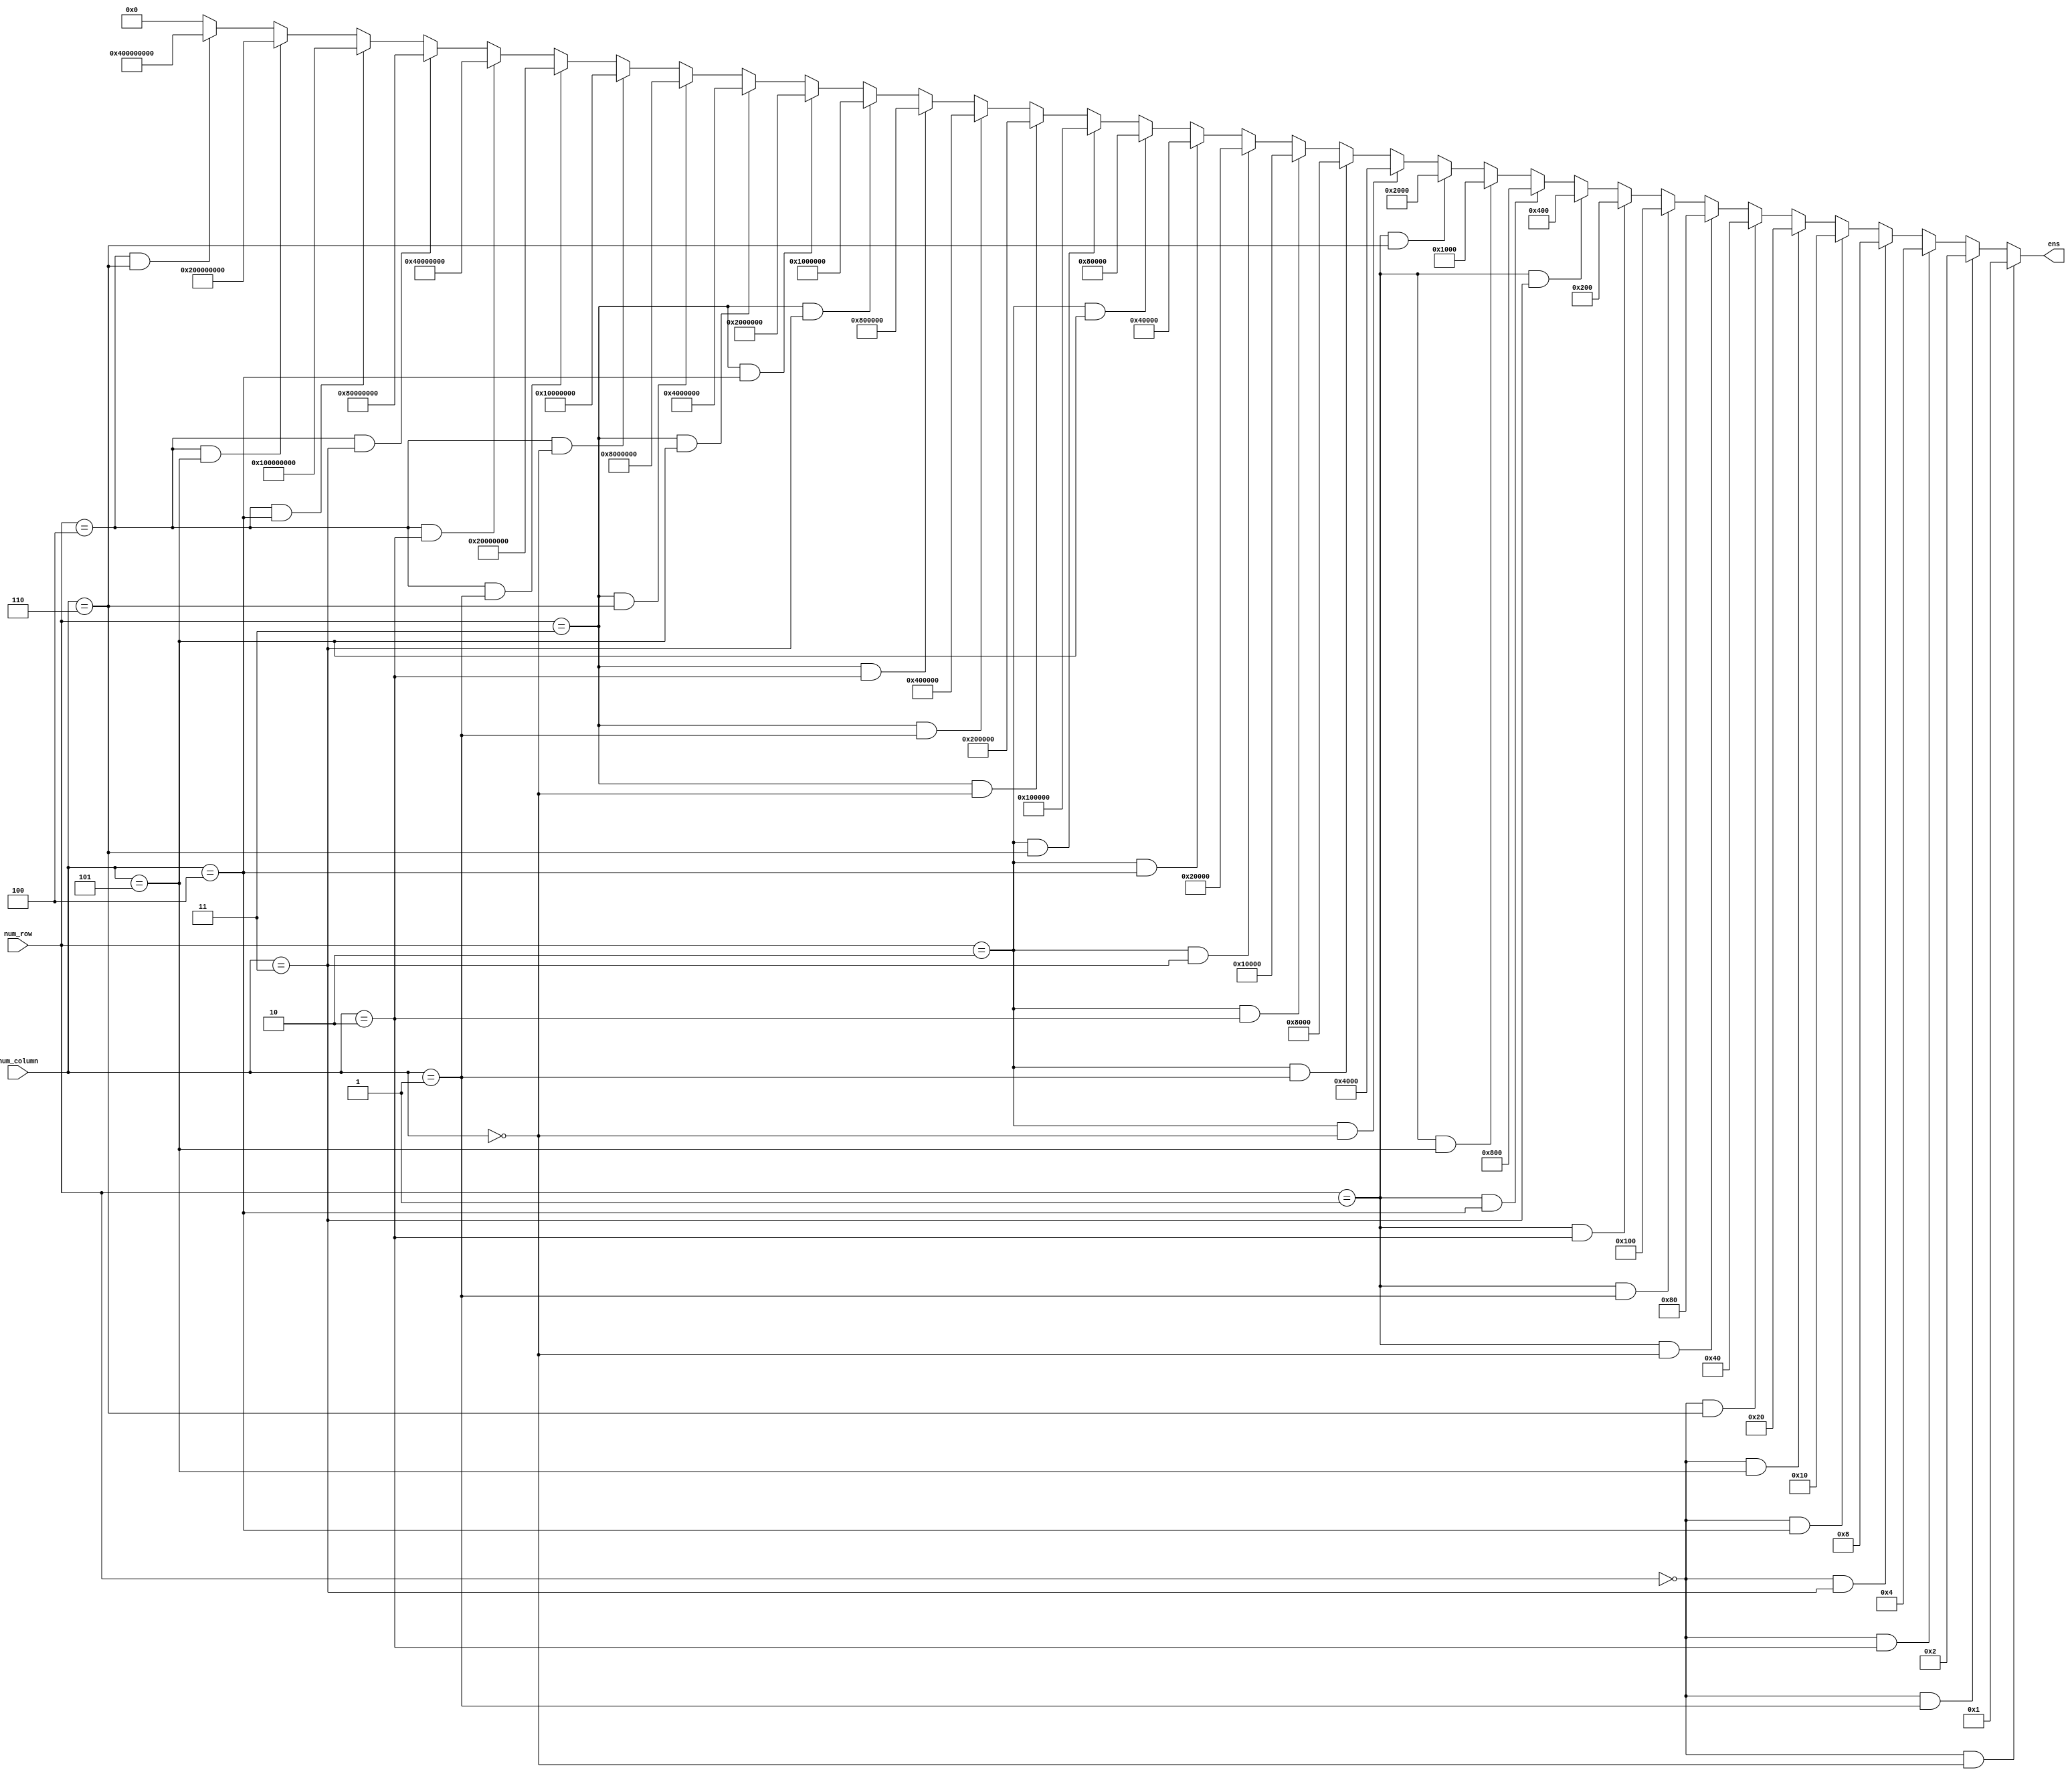
/*
    8421BCDreg[34:0]
*/
module descan (
    input wire[2:0] num_row,
    input wire[2:0] num_column,
    output reg[34:0] ens
);
always @(*) begin
    if(num_row == 3'd0 && num_column == 3'd0)
        ens <= 35'b0000000_0000000_0000000_0000000_0000001;
    else if(num_row == 3'd0 && num_column == 3'd1)
        ens <= 35'b0000000_0000000_0000000_0000000_0000010;
    else if(num_row == 3'd0 && num_column == 3'd2)
        ens <= 35'b0000000_0000000_0000000_0000000_0000100;
    else if(num_row == 3'd0 && num_column == 3'd3)
        ens <= 35'b0000000_0000000_0000000_0000000_0001000;
    else if(num_row == 3'd0 && num_column == 3'd4)
        ens <= 35'b0000000_0000000_0000000_0000000_0010000;
    else if(num_row == 3'd0 && num_column == 3'd5)
        ens <= 35'b0000000_0000000_0000000_0000000_0100000;
    else if(num_row == 3'd0 && num_column == 3'd6)
        ens <= 35'b0000000_0000000_0000000_0000000_1000000;
    //
    else if(num_row == 3'd1 && num_column == 3'd0)
        ens <= 35'b0000000_0000000_0000000_0000001_0000000;
    else if(num_row == 3'd1 && num_column == 3'd1)
        ens <= 35'b0000000_0000000_0000000_0000010_0000000;
    else if(num_row == 3'd1 && num_column == 3'd2)
        ens <= 35'b0000000_0000000_0000000_0000100_0000000;
    else if(num_row == 3'd1 && num_column == 3'd3)
        ens <= 35'b0000000_0000000_0000000_0001000_0000000;
    else if(num_row == 3'd1 && num_column == 3'd4)
        ens <= 35'b0000000_0000000_0000000_0010000_0000000;
    else if(num_row == 3'd1 && num_column == 3'd5)
        ens <= 35'b0000000_0000000_0000000_0100000_0000000;
    else if(num_row == 3'd1 && num_column == 3'd6)
        ens <= 35'b0000000_0000000_0000000_1000000_0000000;
    //
    else if(num_row == 3'd2 && num_column == 3'd0)
        ens <= 35'b0000000_0000000_0000001_0000000_0000000;
    else if(num_row == 3'd2 && num_column == 3'd1)
        ens <= 35'b0000000_0000000_0000010_0000000_0000000;
    else if(num_row == 3'd2 && num_column == 3'd2)
        ens <= 35'b0000000_0000000_0000100_0000000_0000000;
    else if(num_row == 3'd2 && num_column == 3'd3)
        ens <= 35'b0000000_0000000_0001000_0000000_0000000;
    else if(num_row == 3'd2 && num_column == 3'd4)
        ens <= 35'b0000000_0000000_0010000_0000000_0000000;
    else if(num_row == 3'd2 && num_column == 3'd5)
        ens <= 35'b0000000_0000000_0100000_0000000_0000000;
    else if(num_row == 3'd2 && num_column == 3'd6)
        ens <= 35'b0000000_0000000_1000000_0000000_0000000;
    //
    else if(num_row == 3'd3 && num_column == 3'd0)
        ens <= 35'b0000000_0000001_0000000_0000000_0000000;
    else if(num_row == 3'd3 && num_column == 3'd1)
        ens <= 35'b0000000_0000010_0000000_0000000_0000000;
    else if(num_row == 3'd3 && num_column == 3'd2)
        ens <= 35'b0000000_0000100_0000000_0000000_0000000;
    else if(num_row == 3'd3 && num_column == 3'd3)
        ens <= 35'b0000000_0001000_0000000_0000000_0000000;
    else if(num_row == 3'd3 && num_column == 3'd4)
        ens <= 35'b0000000_0010000_0000000_0000000_0000000;
    else if(num_row == 3'd3 && num_column == 3'd5)
        ens <= 35'b0000000_0100000_0000000_0000000_0000000;
    else if(num_row == 3'd3 && num_column == 3'd6)
        ens <= 35'b0000000_1000000_0000000_0000000_0000000;
    //
    else if(num_row == 3'd4 && num_column == 3'd0)
        ens <= 35'b0000001_0000000_0000000_0000000_0000000;
    else if(num_row == 3'd4 && num_column == 3'd1)
        ens <= 35'b0000010_0000000_0000000_0000000_0000000;
    else if(num_row == 3'd4 && num_column == 3'd2)
        ens <= 35'b0000100_0000000_0000000_0000000_0000000;
    else if(num_row == 3'd4 && num_column == 3'd3)
        ens <= 35'b0001000_0000000_0000000_0000000_0000000;
    else if(num_row == 3'd4 && num_column == 3'd4)
        ens <= 35'b0010000_0000000_0000000_0000000_0000000;
    else if(num_row == 3'd4 && num_column == 3'd5)
        ens <= 35'b0100000_0000000_0000000_0000000_0000000;
    else if(num_row == 3'd4 && num_column == 3'd6)
        ens <= 35'b1000000_0000000_0000000_0000000_0000000;
    else ens <= 0;
end
    
endmodule